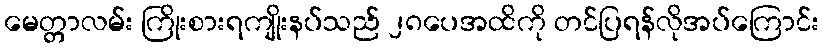
မေတ္တာလမ်း ကြိုးစားရကျိုးနပ်သည် ၂၈ပေအထိကို တင်ပြရန်လိုအပ်ကြောင်း